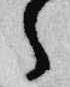
之